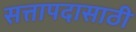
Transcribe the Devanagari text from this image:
सत्तापदासाठी